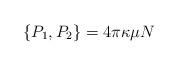
LaTeX: \begin{align*}\{P_1, P_2 \} =4 \pi \kappa \mu N\end{align*}